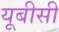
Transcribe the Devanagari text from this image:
यूबीसी